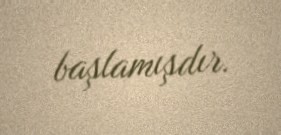
başlamışdır.